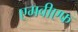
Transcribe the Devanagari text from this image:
एमवीएफ